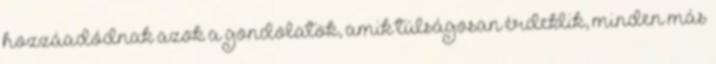
hozzáadódnak azok a gondolatok, amik túlságosan érdeklik, minden más